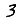
Digit: 3